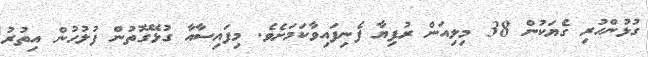
ގުޅުންހުރި ގެޔަކުން 38 މިލިއަން ރުފިޔާ ފެނިފައިވާކަމަށެވެ. މިފައިސާއާ ގުޅޭގޮތުން ފުލުހުން އިތުރު